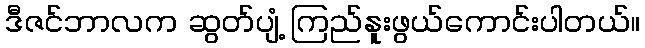
ဒီဇင်ဘာလက ဆွတ်ပျံ့ ကြည်နူးဖွယ်ကောင်းပါတယ်။